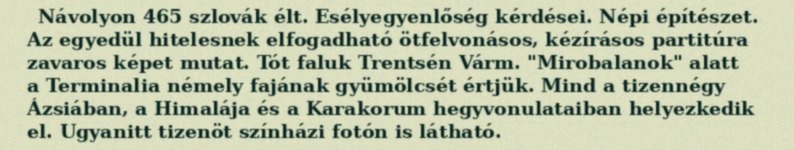
Návolyon 465 szlovák élt. Esélyegyenlőség kérdései. Népi építészet. Az egyedül hitelesnek elfogadható ötfelvonásos, kézírásos partitúra zavaros képet mutat. Tót faluk Trentsén Várm. "Mirobalanok" alatt a Terminalia némely fajának gyümölcsét értjük. Mind a tizennégy Ázsiában, a Himalája és a Karakorum hegyvonulataiban helyezkedik el. Ugyanitt tizenöt színházi fotón is látható.